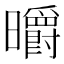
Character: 㬭